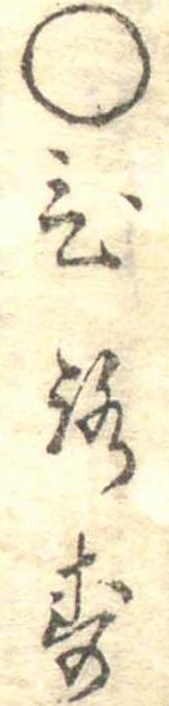
○ひろす